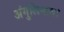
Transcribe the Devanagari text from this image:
अंगुलिमाल।